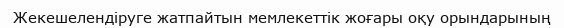
Жекешелендіруге жатпайтын мемлекеттік жоғары оқу орындарының